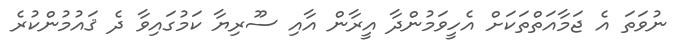
ނުވަތަ އެ ޖަމާއަތްތަކަށް އެހީވަމުންދާ އީރާން އާއި ސޫރިޔާ ކަމުގައިވާ ދެ ޤައުމުންކުރެ